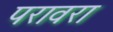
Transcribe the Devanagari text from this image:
परावरा